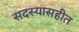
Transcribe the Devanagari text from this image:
सदस्यासहीत